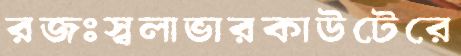
রজঃস্বলাভারকাউটেরে